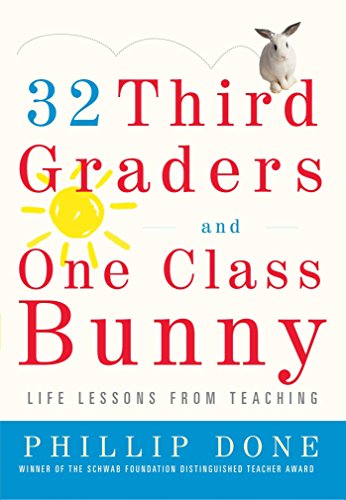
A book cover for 32 Third Graders and One Class Bunny: Life Lessons from Teaching; Phillip Done; Education & Teaching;